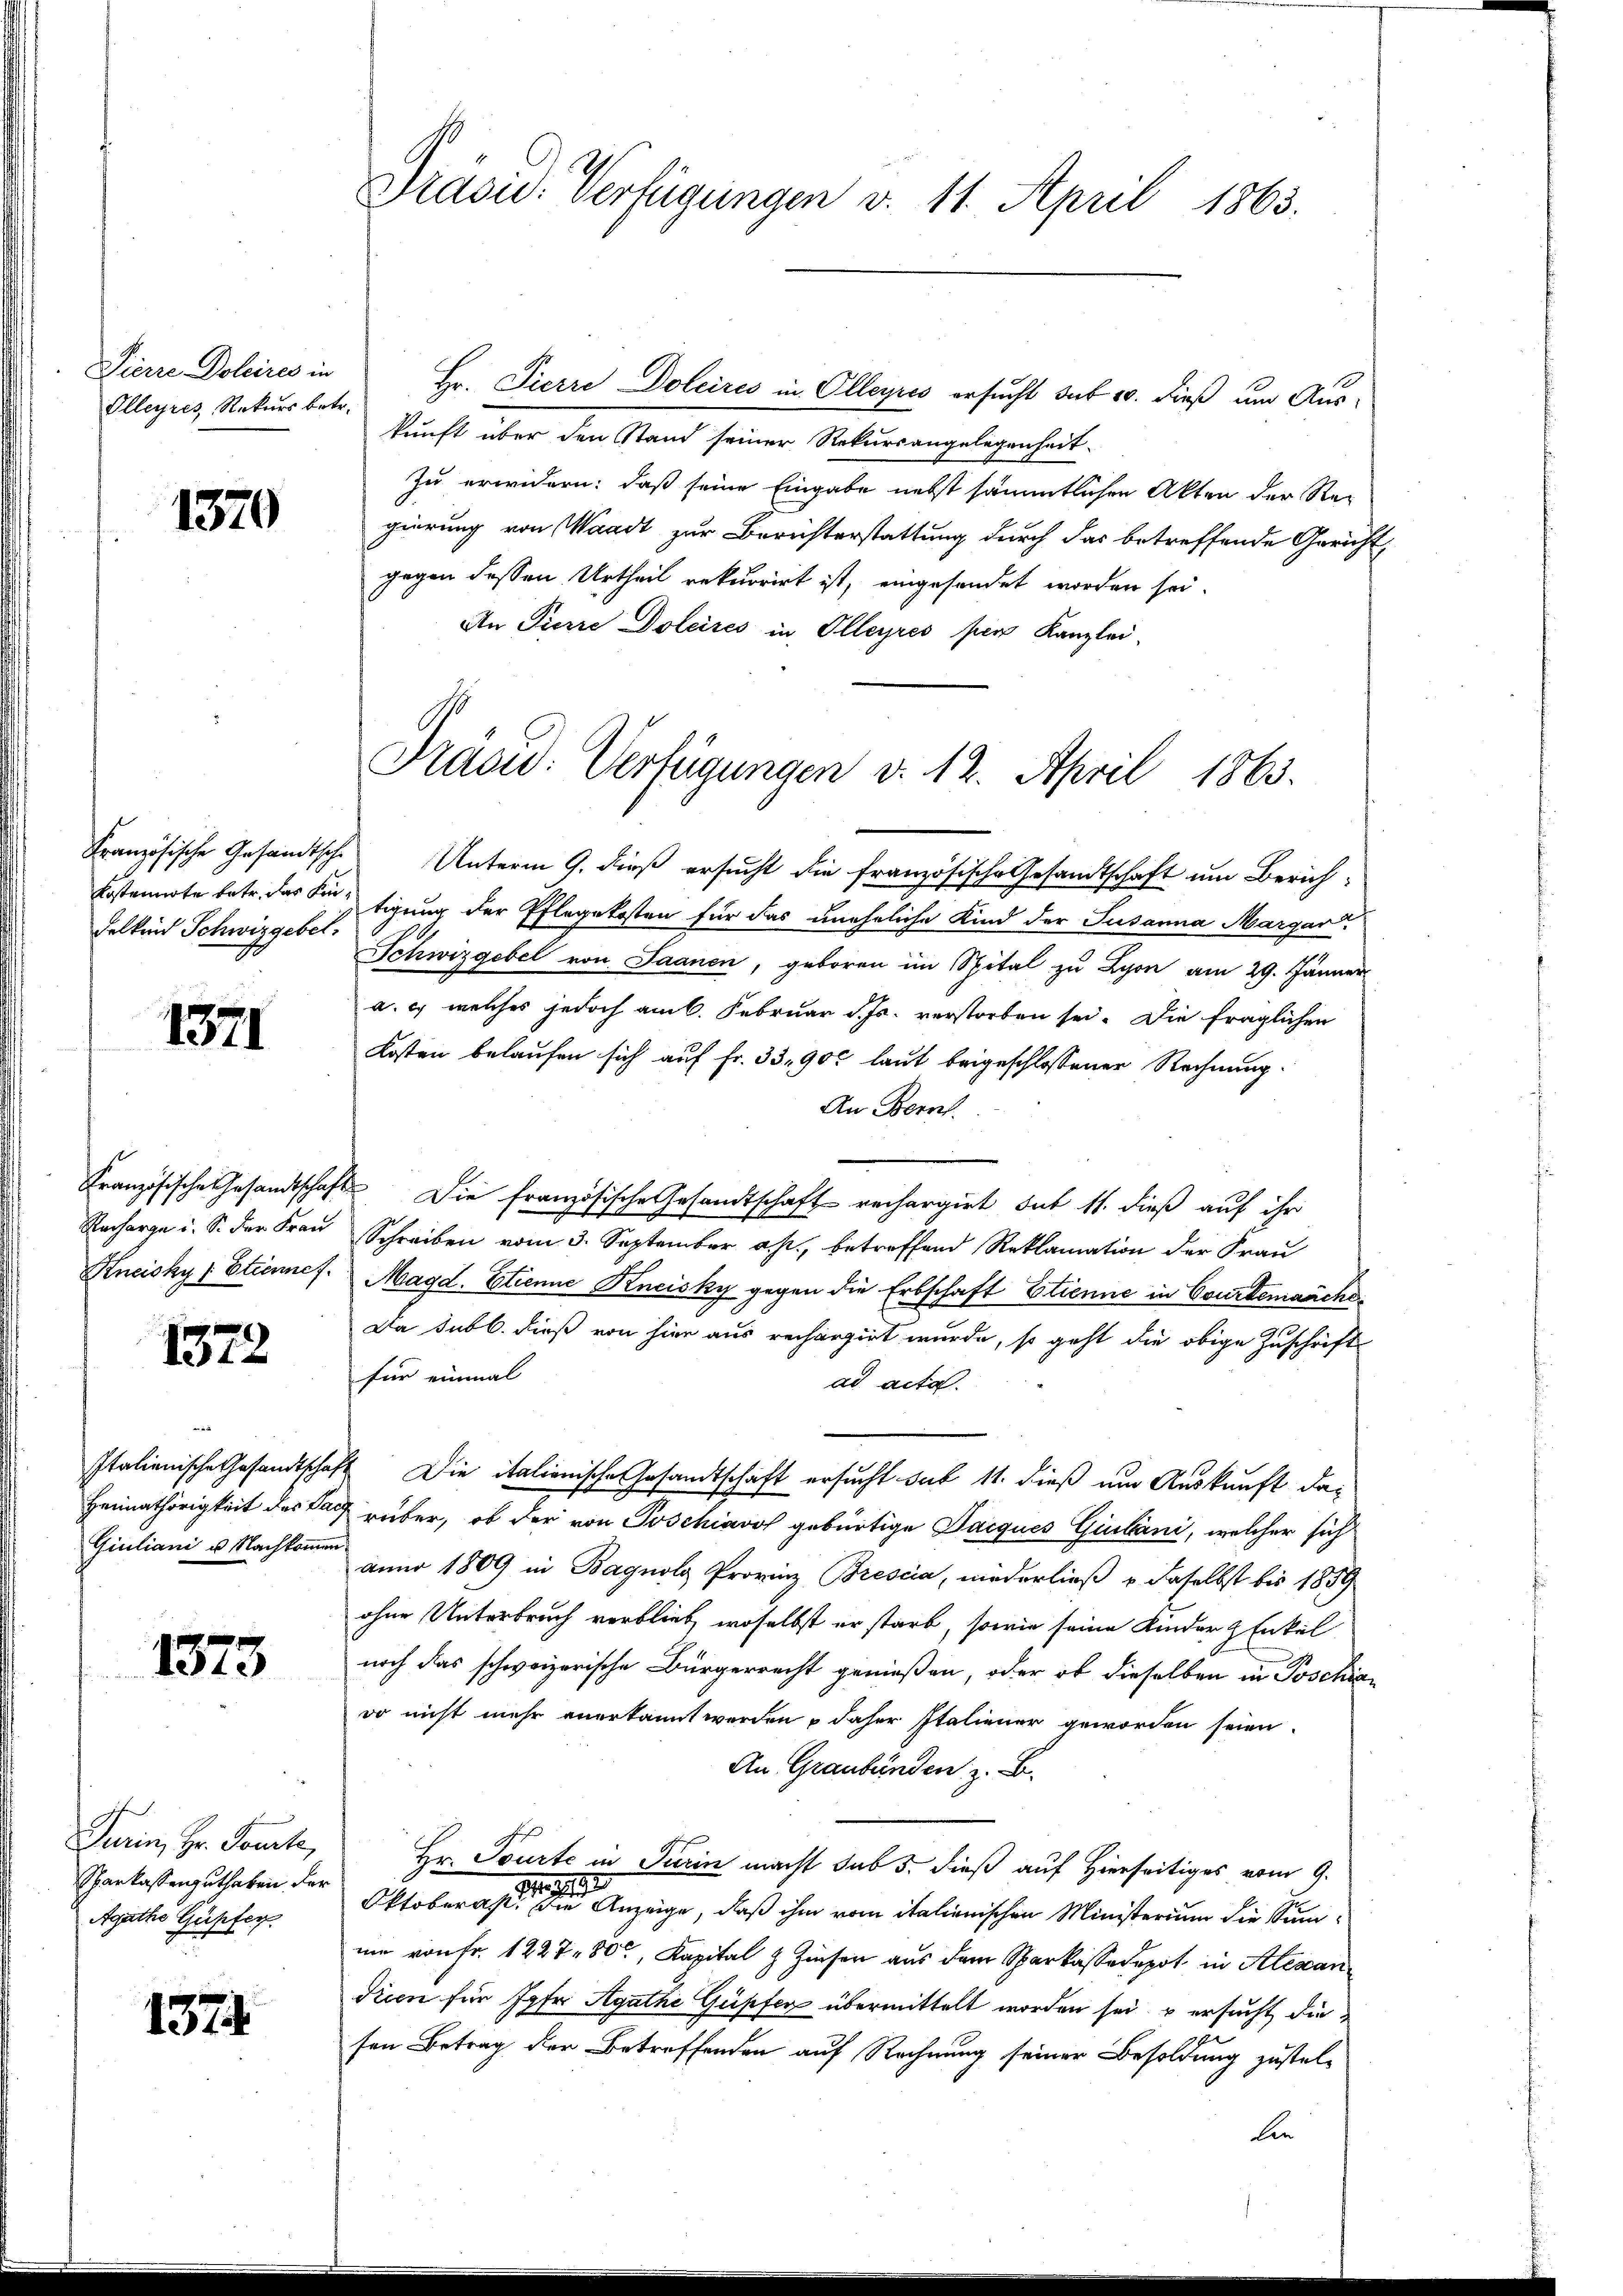
Pierre Dolaires in
Olleyres, Rekurs betr.

1370

Felkind Schwizgebel.

1371

Recharge u. S. der Frau

1372

Heimathörigkeit des Pa¬
Giuliani u. Nachkommen

1373

Turin, Hr. Sonnte,
Sparkassenguthaben der
Agathe Güpfer.

1374

Präsid. Verfügungen v. 11. April 1865.

Hr. Pierre Doleires in Olleyres ersucht sub 10. dieß um Aus-
kunft über den Stand seiner Rekursangelegenheit
Zu erwidern: daß seine Eingabe nebst sämmtlichen Akten der Regierung von Waadt zur Berichterstattung durch das betreffende Gericht
gegen dessen Urtheil rekurrirt ist, eingesendet worden sei.
An Pierre Doleires in Olleyres per Kanzlei,

Prasid: Verfügungen v. 12. April 1863.

Französische Gesandtsche Unterm 9. dieß ersucht die französische Gesandtschaft um Zürich¬
Erstennote betr. das Fertigung der Pflegekosten für das uneheliche Kind der Susanna Margar
Schwizgebel von Saanen, geboren im Spital zu Lyon am 29. Jänner
a. c. welches jedoch am 6. Februar d. Js. verstorben sei. Die fraglichen
Kosten belaufen sich auf Fr. 33,900 laut beigeschlossener Rechnung.
An Bornh
Kranzösische Gesandtschaft. Die französische Gesandtschaft rechargirt dit 11. dieß auf ihr
Schreiben vom 3. September a, betreffend Reklamation der Frau
Kneisky (Etienmes. Magd. Etienne Kncisky gegen die Erbschaft Etienne in Courtemnächs
Da sub b. dieß von hier aus rechargirt wurde, so geht die obige Zuschrift
für einmal
ad acta
Italienische Gesandtschaft Die italienische Gesandtschaft ersucht sub 11. dieß um Auskunft da¬
 rüber, ob der von Poschiavo gebürtige Jacques Gibani, welcher sich
n
anno 1809 in Bagnola Provinz Brescia, niederließ & daselbst bis 1859
ohne Unterbruch verblieb, woselbst er starb, sowie seine Kinder z Enkel
noch das schweizerische Bürgerrecht genießen, oder ob dieselben in Poschiado nicht mehr anerkannt werden & daher Italiener geworden seien.
An Graubünden z. B.
Hr. Tourte in Turin macht sub 5. dieß auf Hierseitiges vom 9.
19
.
Oktoberst. Die Anzeige, daß ihm vom italienischen Ministerium die Summme von Fr. 122 780, Kapital & Zinser aus dem Sparkassadepot in Alexan
dieen für sofer Agathe Güpfer übermittelt worden sei u ersucht die
sen Betrag der Betreffenden auf Rechnung seiner Besoldung zustelben